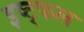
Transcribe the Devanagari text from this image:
इष्ट्फल